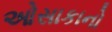
ઓસાકાનો